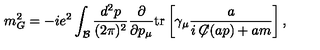
m _ { G } ^ { 2 } = - i e ^ { 2 } \int _ { \mathcal B } \frac { d ^ { 2 } p } { ( 2 \pi ) ^ { 2 } } \frac { \partial } { \partial p _ { \mu } } \mathrm { t r } \left[ \gamma _ { \mu } \frac { a } { i \not \! \! C ( a p ) + a m } \right] ,